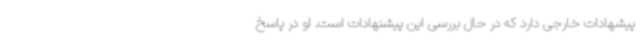
پیشهادات خارجی دارد که در حال بررسی این پیشنهادات است. او در پاسخ